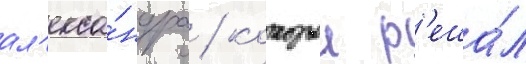
ал'екса́ндра / которыи р'еша́л